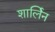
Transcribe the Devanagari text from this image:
शार्लिन